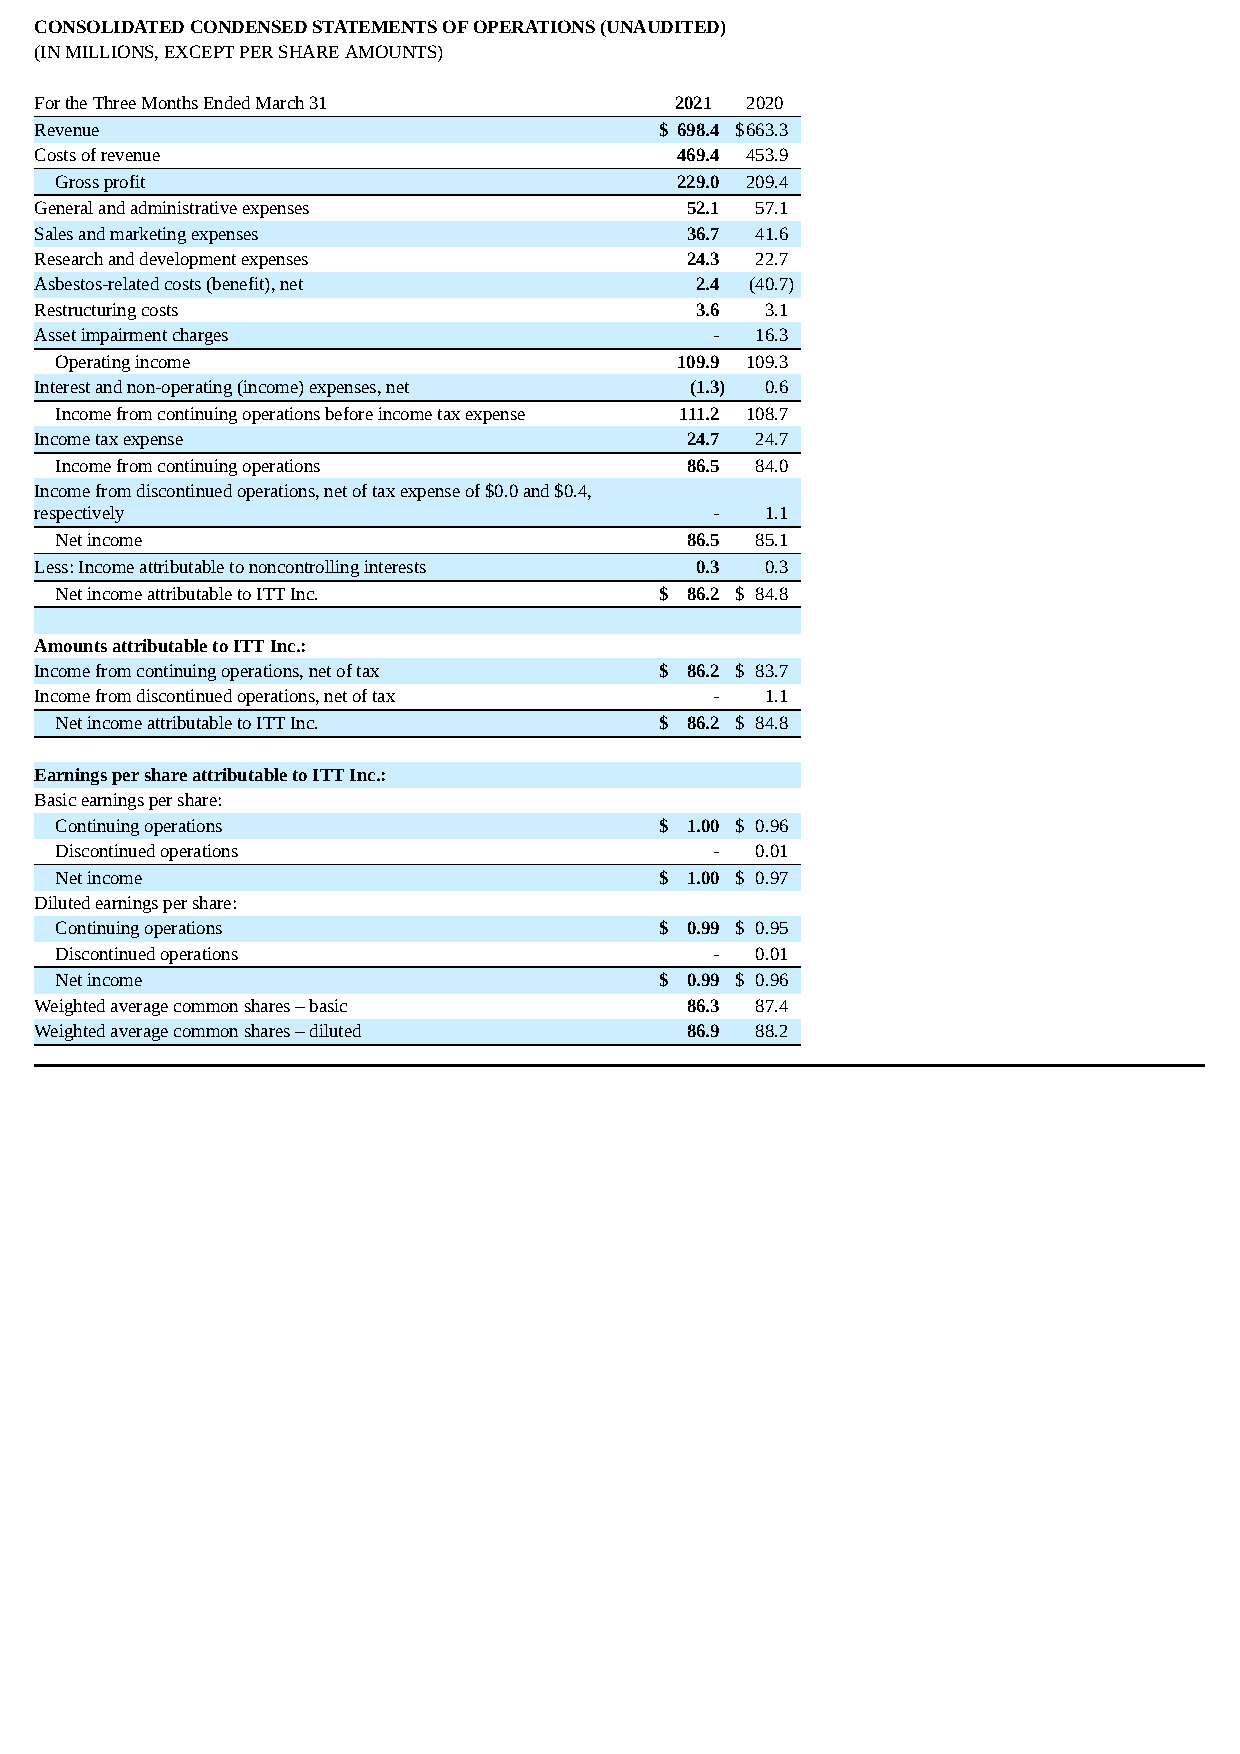
CONSOLIDATED CONDENSED STATEMENTS OF OPERATIONS (UNAUDITED)
 (IN MILLIONS, EXCEPT PER SHARE AMOUNTS)
 For the Three Months Ended March 31        2021 2020
 Revenue                                   $ 698.4 $663.3
 Costs of revenue                           469.4 453.9
 Gross profit                             229.0 209.4
 General and administrative expenses        52.1 57.1
 Sales and marketing expenses               36.7 41.6
 Research and development expenses          24.3 22.7
 Asbestos-related costs (benefit), net       2.4 (40.7)
 Restructuring costs                         3.6  3.1
 Asset impairment charges                     -  16.3
 Operating income                         109.9 109.3
 Interest and non-operating (income) expenses, net (1.3) 0.6
 Income from continuing operations before income tax expense 111.2 108.7
 Income tax expense                         24.7 24.7
 Income from continuing operations        86.5 84.0
 Income from discontinued operations, net of tax expense of $0.0 and $0.4,
 respectively                                 -   1.1
 Net income                               86.5 85.1
 Less: Income attributable to noncontrolling interests 0.3 0.3
 Net income attributable to ITT Inc.     $ 86.2 $ 84.8
 Amounts attributable to ITT Inc.:
 Income from continuing operations, net of tax $ 86.2 $ 83.7
 Income from discontinued operations, net of tax - 1.1
 Net income attributable to ITT Inc.     $ 86.2 $ 84.8
 Earnings per share attributable to ITT Inc.:
 Basic earnings per share:
 Continuing operations                   $ 1.00 $ 0.96
 Discontinued operations                    -  0.01
 Net income                              $ 1.00 $ 0.97
 Diluted earnings per share:
 Continuing operations                   $ 0.99 $ 0.95
 Discontinued operations                    -  0.01
 Net income                              $ 0.99 $ 0.96
 Weighted average common shares – basic     86.3 87.4
 Weighted average common shares – diluted   86.9 88.2